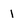
Character: 1